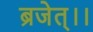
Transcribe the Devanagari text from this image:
ब्रजेत्।।